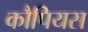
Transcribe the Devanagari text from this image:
कौपियस